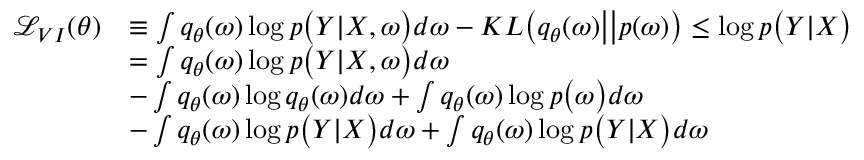
\begin{array} { r l } { \mathcal { L } _ { V I } ( \theta ) } & { \equiv \int q _ { \theta } ( \boldsymbol { \omega } ) \log p \big ( \boldsymbol { Y } | \boldsymbol { X } , \boldsymbol { \omega } \big ) d \boldsymbol { \omega } - K L \big ( q _ { \theta } ( \boldsymbol { \omega } ) \big | \big | p ( \boldsymbol { \omega } ) \big ) \leq \log p \big ( \boldsymbol { Y } | \boldsymbol { X } \big ) } \\ & { = \int q _ { \theta } ( \boldsymbol { \omega } ) \log p \big ( \boldsymbol { Y } | \boldsymbol { X } , \boldsymbol { \omega } \big ) d \boldsymbol { \omega } } \\ & { - \int q _ { \theta } ( \boldsymbol { \omega } ) \log q _ { \theta } ( \boldsymbol { \omega } ) d \boldsymbol { \omega } + \int q _ { \theta } ( \boldsymbol { \omega } ) \log p \big ( \boldsymbol { \omega } \big ) d \boldsymbol { \omega } } \\ & { - \int q _ { \theta } ( \boldsymbol { \omega } ) \log p \big ( \boldsymbol { Y } | \boldsymbol { X } \big ) d \boldsymbol { \omega } + \int q _ { \theta } ( \boldsymbol { \omega } ) \log p \big ( \boldsymbol { Y } | \boldsymbol { X } \big ) d \boldsymbol { \omega } } \end{array}